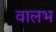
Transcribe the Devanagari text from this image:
वालभ